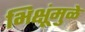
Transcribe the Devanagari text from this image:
भिक्षूंमुळे